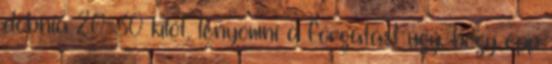
dobnia 20-30 kilót, lenyomni a forgatást úgy, hogy épp